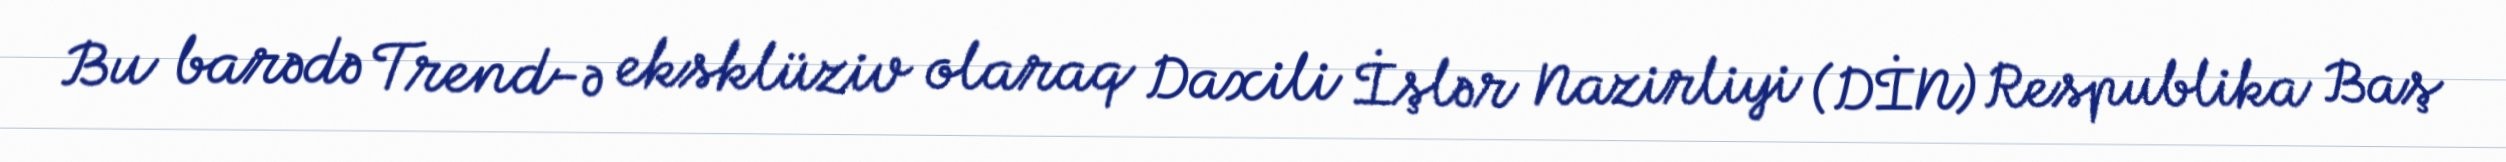
Bu barədə Trend-ə eksklüziv olaraq Daxili İşlər Nazirliyi (DİN) Respublika Baş